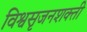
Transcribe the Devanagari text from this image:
विश्वसृजनशक्ती